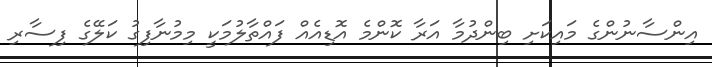
އިންސާނުންގެ މައިކަށި ބިންދުމާ އަރާ ކޮންމެ އޮޑިއެއް ފައްތާލުމަކީ މިމުނާފިގު ކަލޭގެ ފިސާރި